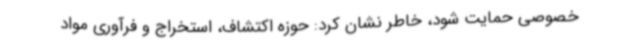
خصوصی حمایت شود، خاطر نشان کرد: حوزه اکتشاف، استخراج و فرآوری مواد